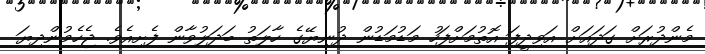
މެންދުރަށް ގަދައަށް އަވިދީފަ އޮތުމަށްފަހު މަޑުމަޑުން ދުނިޔޭގެ ހާލަތު ބަދަލުވާން ފެށިއެވެ. ޖެހެމުންދިޔަ